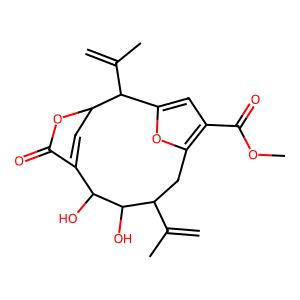
SMILES: C=C(C)C1Cc2oc(cc2C(=O)OC)C(C(=C)C)C2C=C(C(=O)O2)C(O)C1O
Inhibits HIV replication: No